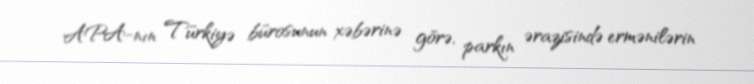
APA-nın Türkiyə bürosunun xəbərinə görə, parkın ərazisində ermənilərin